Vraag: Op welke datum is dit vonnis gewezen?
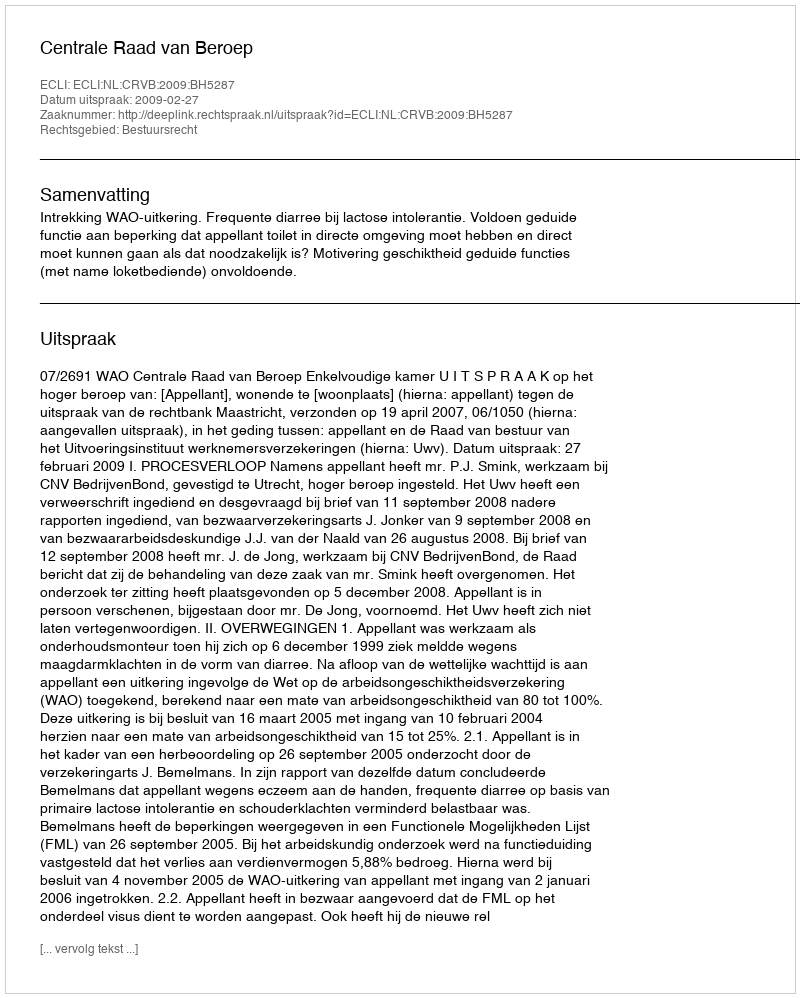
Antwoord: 2009-02-27